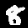
Digit: 8